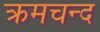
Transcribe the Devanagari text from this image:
क्रमचन्द